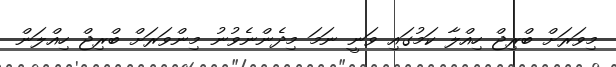
މިވަރަށް ބްރިޖް ހިއްލާ ކަމުގައި ވަނީ ނަމަ މިދެންނެވުނު މިންވަރަށް ބްރިޖް ހިއްލަން